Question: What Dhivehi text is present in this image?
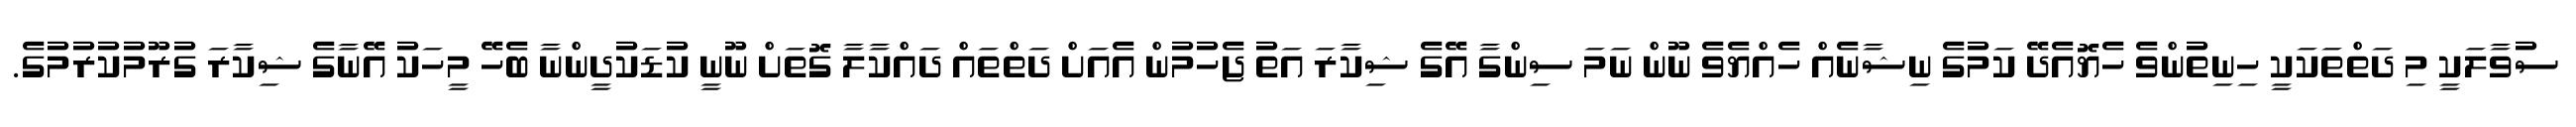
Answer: ސުވާލަކީ މި ދަތްތަކަކީ ހިނިތުންވެ ހެޔޮއެދޭ ކަމުގެ ނިޝާނެއް ހެއްޔެވެ ނޫން ނަމަ ސިންގާ އޭގެ ޝިކާރަ އަތު ޖެހުމުން އެއަށް ދަތްތައް ދައްކާލާ ގޮތަށް ނޫނީ ކުޑަކުދީންނާ ބެހޭ މީހަކު އޭނާގެ ޝިކާރަ ގުރޫމުކުރުމުގެ.